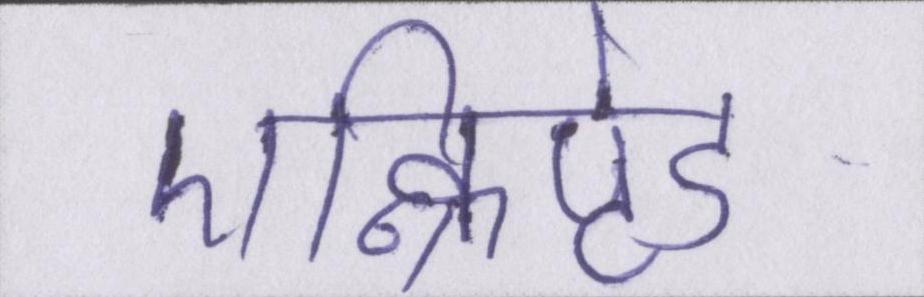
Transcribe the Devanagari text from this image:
एन्क्रिप्टेड